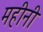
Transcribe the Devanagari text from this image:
महीनी